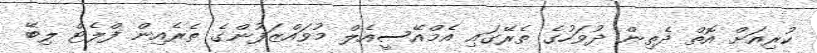
ކުރިއަށް އޮތް ދެތިން ދުވަހުގެ ތެރޭގައި އެމްއޭސީއެލް މުވައްޒަފުންގެ ތެރެއިން ފްލެޓް ލިބޭ